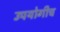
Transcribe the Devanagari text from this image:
उपयोगीच